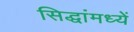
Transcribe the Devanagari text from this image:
सिद्धांमध्यें